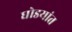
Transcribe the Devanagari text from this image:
घोडयांत